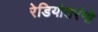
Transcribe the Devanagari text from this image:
रेडियोतरंगो